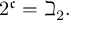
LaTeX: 2 ^ { \mathfrak { c } } = \beth _ { 2 } .